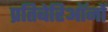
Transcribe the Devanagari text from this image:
प्रतिबेरिऑनों